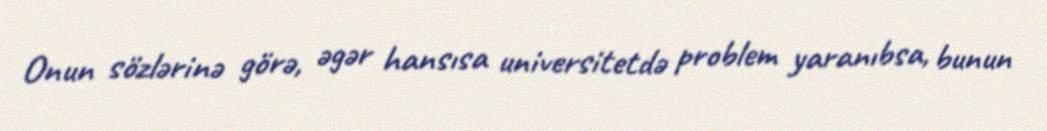
Onun sözlərinə görə, əgər hansısa universitetdə problem yaranıbsa, bunun